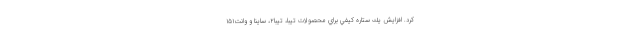
كرد. افزایش يك ستاره كيفي براي محصولات تيبا، تيبا۲، ساينا و وانت۱۵۱